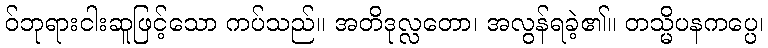
ဝ်ဘုရားငါးဆူဖြင့်သော ကပ်သည်။ အတိဒုလ္လတော၊ အလွန်ရခဲ့၏။ တသ္မိပနကပ္ပေ၊